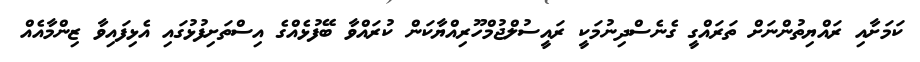
ކަމަށާއި ރައްޔިތުންނަށް ތަރައްގީ ގެނެސްދިނުމަކީ ރައީސުލްޖުމްހޫރިއްޔާކަން ކުރައްވާ ބޭފުޅެއްގެ އިސްތަށިފުޅުގައި އެޅިފައިވާ ޒިންމާއެއް